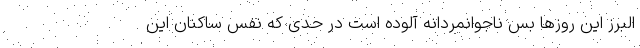
البرز این روزها بس ناجوانمردانه آلوده است در حدی که نفس ساکنان این